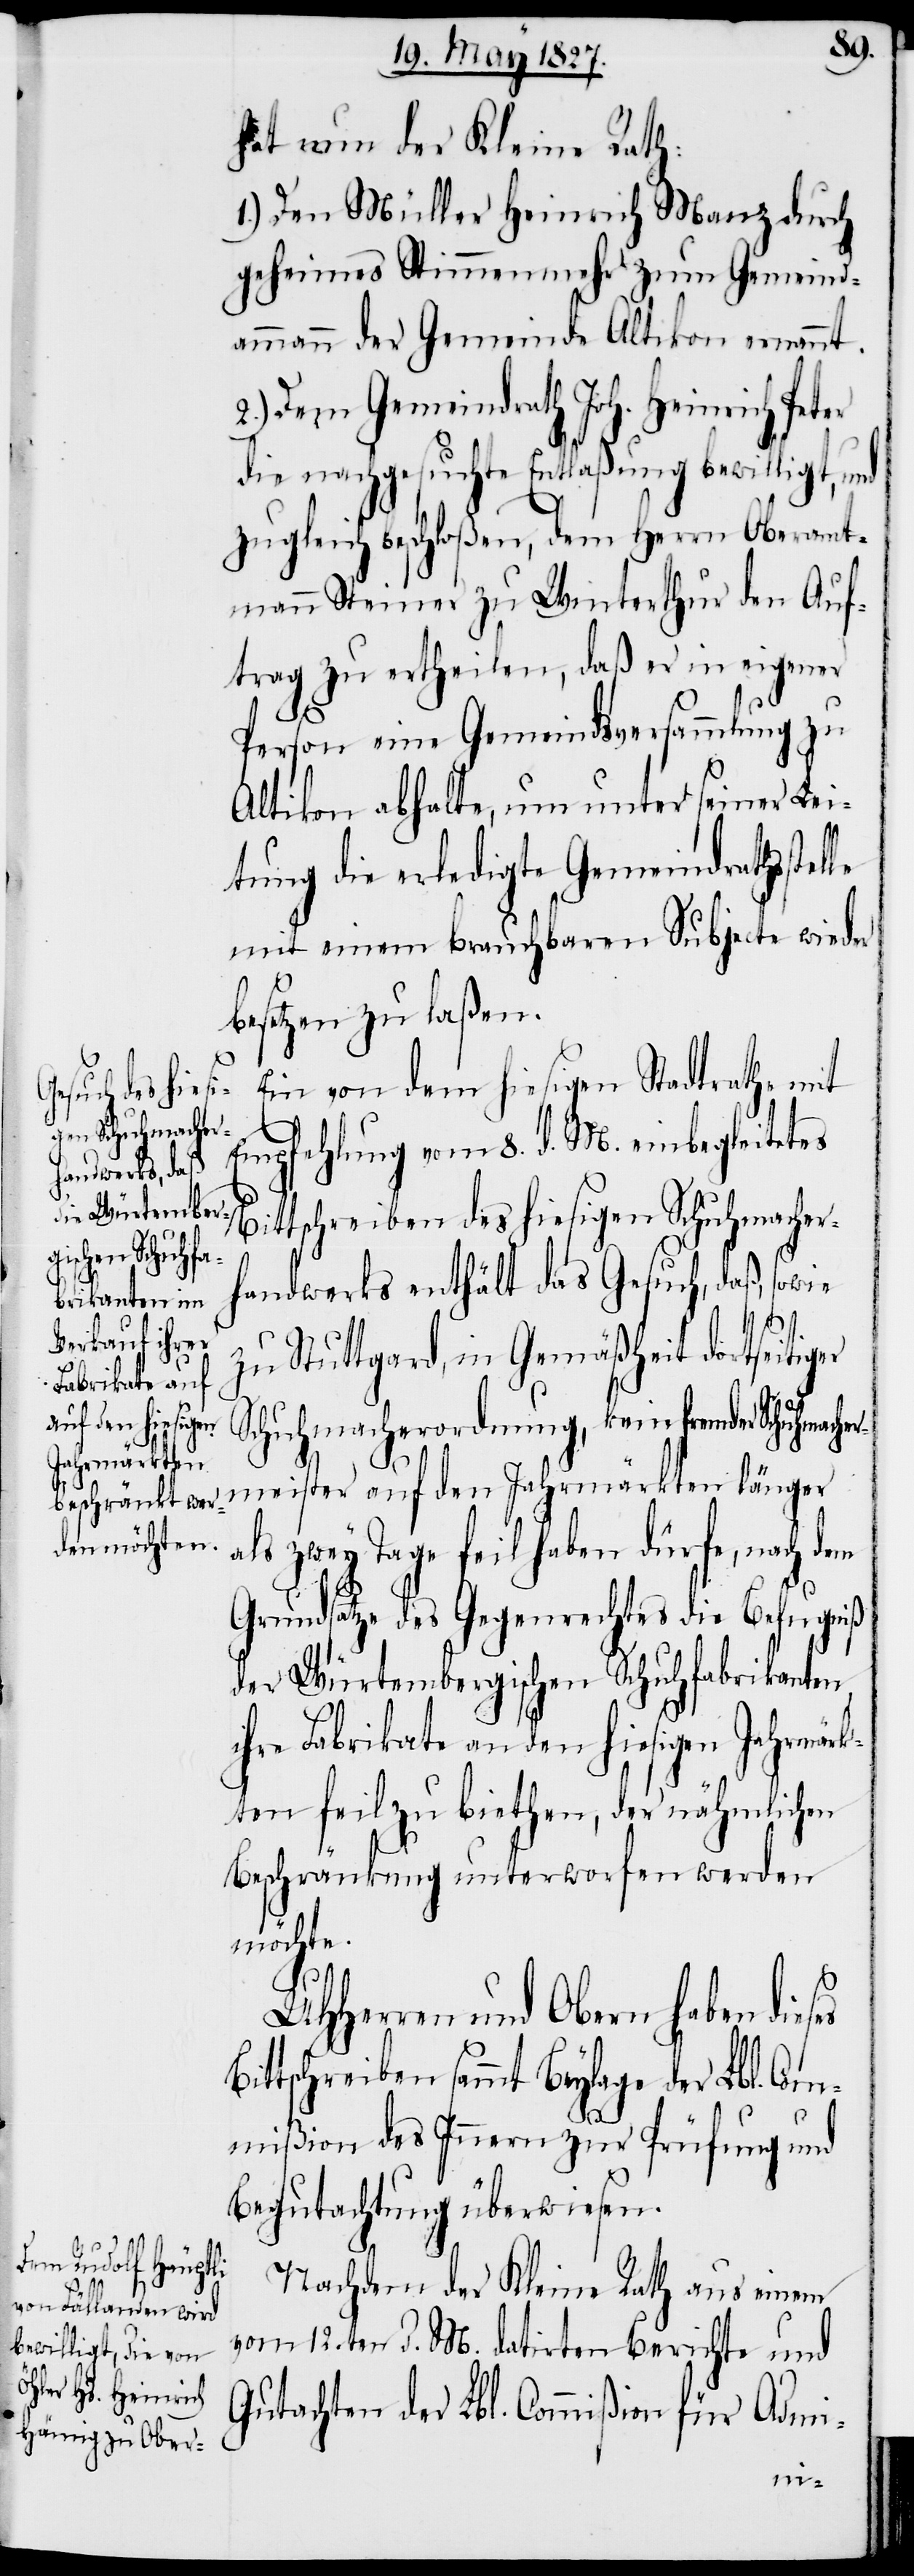
es

hat nun der Kleine Rath:
1.) Den Müller Heinrich Manz durch
geheimes Stimmenmehr zum Gemeind¬
ann der Gemeinde Altikon ernannt.
2.) Dem Gemeindrath Joh. Heinrich Peter
die nachgesuchte Entlaßung bewilligt, und
zugleich beschloßen, dem Herrn Oberamt¬
mann Steiner zu Winterthur den Auf¬
trag zu ertheilen, daß er in eigener
Person eine Gemeindsversammlung zu
Altikon abhalte, um unter seiner Lei¬
tung die erledigte Gemeindrathsstel¬
mit einem brauchbaren Subjecte wieder
besetzen zu laßen.
Ein von dem hiesigen Stadtrathe mit
Empfehlung vom 8. d. M. einbegleitetes
ittschreiben des hiesigen Schumacher¬
handwerks enthält das Gesuch, daß, sowie
zu Stuttgard, in Gemäßheit dortseitiger
Schuhmacherordnung, kein fremder Schuhmacher¬
meister auf den Jahrmärkten länger
als zwey Tage feil haben dürfe, nach dem
Grundsatze des Gegenrechtes die Befugniß
der Würtembergischen Schuhfabrikanten
ihre Fabrikate an den hiesigen Jahrmärk¬
ten feil zu biethen, der nähmlichen
Beschränkung unterworfen werden
möchte.
UHHerren und Obern haben dies¬
Bittschreiben sammt Beylage der Lbl. Com¬
mißion des Innern zur Prüfung und
Begutachtung überwiesen.
Nachdem der Kleine Rath aus einem
vom 12. d. M. datirten Berichte und
Gutachten der Lbl. Commißion für Admi-
amm¬